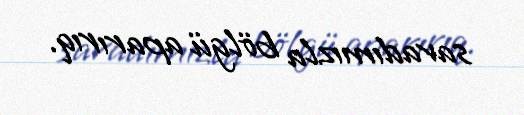
savadımızla bölgü aparırıq.